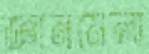
জ্ঞানমেলা